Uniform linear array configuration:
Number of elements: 24
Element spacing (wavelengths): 0.5
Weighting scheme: hann
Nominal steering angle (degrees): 60
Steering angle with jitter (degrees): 58.124
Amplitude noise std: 0.05
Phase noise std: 0.05

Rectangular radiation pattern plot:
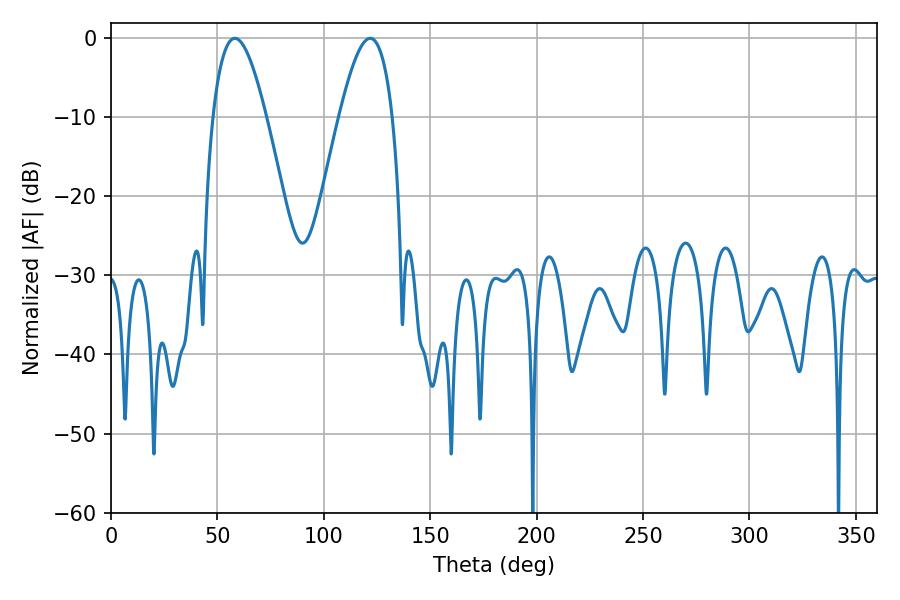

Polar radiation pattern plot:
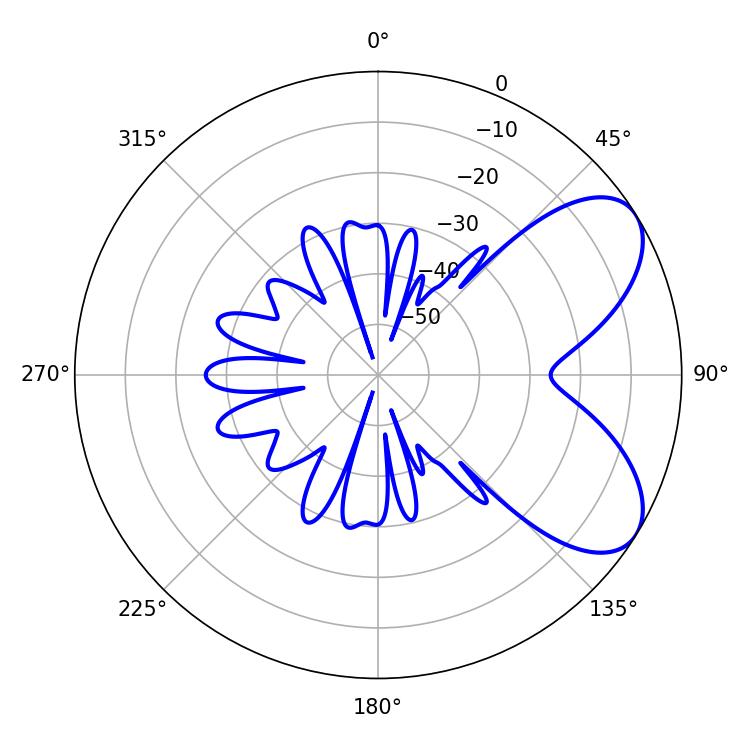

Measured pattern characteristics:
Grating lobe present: FALSE
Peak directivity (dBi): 6.571
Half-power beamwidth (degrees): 13.68
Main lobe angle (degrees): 58.14